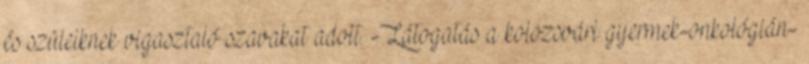
és szüleiknek vigasztaló szavakat adott. -Látogatás a kolozsvári gyermek-onkológián-